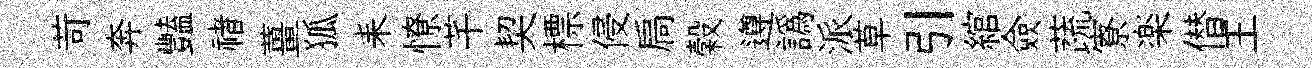
苛奔豔禇薑狐耒憭芊契標侵扃穀遵譌派草引綰僉蔬寮楽僣王